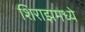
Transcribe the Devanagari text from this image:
शिराझमध्ये